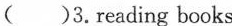
()3.reading books